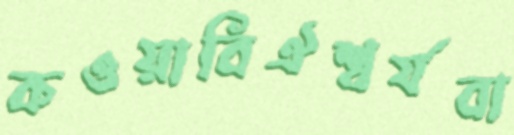
কওয়াবিঐশ্বর্যবা